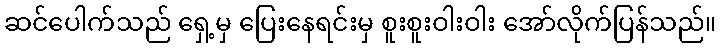
ဆင်ပေါက်သည် ရှေ့မှ ပြေးနေရင်းမှ စူးစူးဝါးဝါး အော်လိုက်ပြန်သည်။